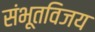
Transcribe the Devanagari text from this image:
संभूतविजय